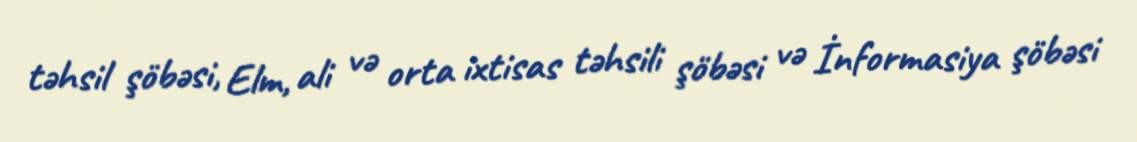
təhsil şöbəsi, Elm, ali və orta ixtisas təhsili şöbəsi və İnformasiya şöbəsi